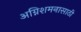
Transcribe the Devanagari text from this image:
अग्निशमनासाठी